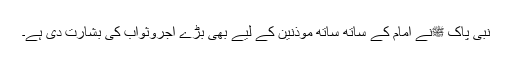
نبی پاک ﷺنے امام کے ساتھ ساتھ موذنین کے لیے بھی بڑے اجروثواب کی بشارت دی ہے۔